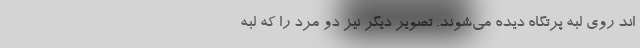
اند روی لبه پرتگاه دیده می‌شوند. تصویر دیگر نیز دو مرد را که لبه